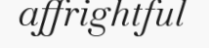
affrightful